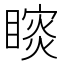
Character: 𰦁